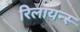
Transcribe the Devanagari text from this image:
रिलायन्स्‍